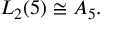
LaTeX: L _ { 2 } ( 5 ) \cong A _ { 5 } .